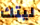
ليتك